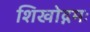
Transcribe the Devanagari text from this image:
शिखोद्गमः